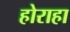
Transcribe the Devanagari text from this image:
होराहा